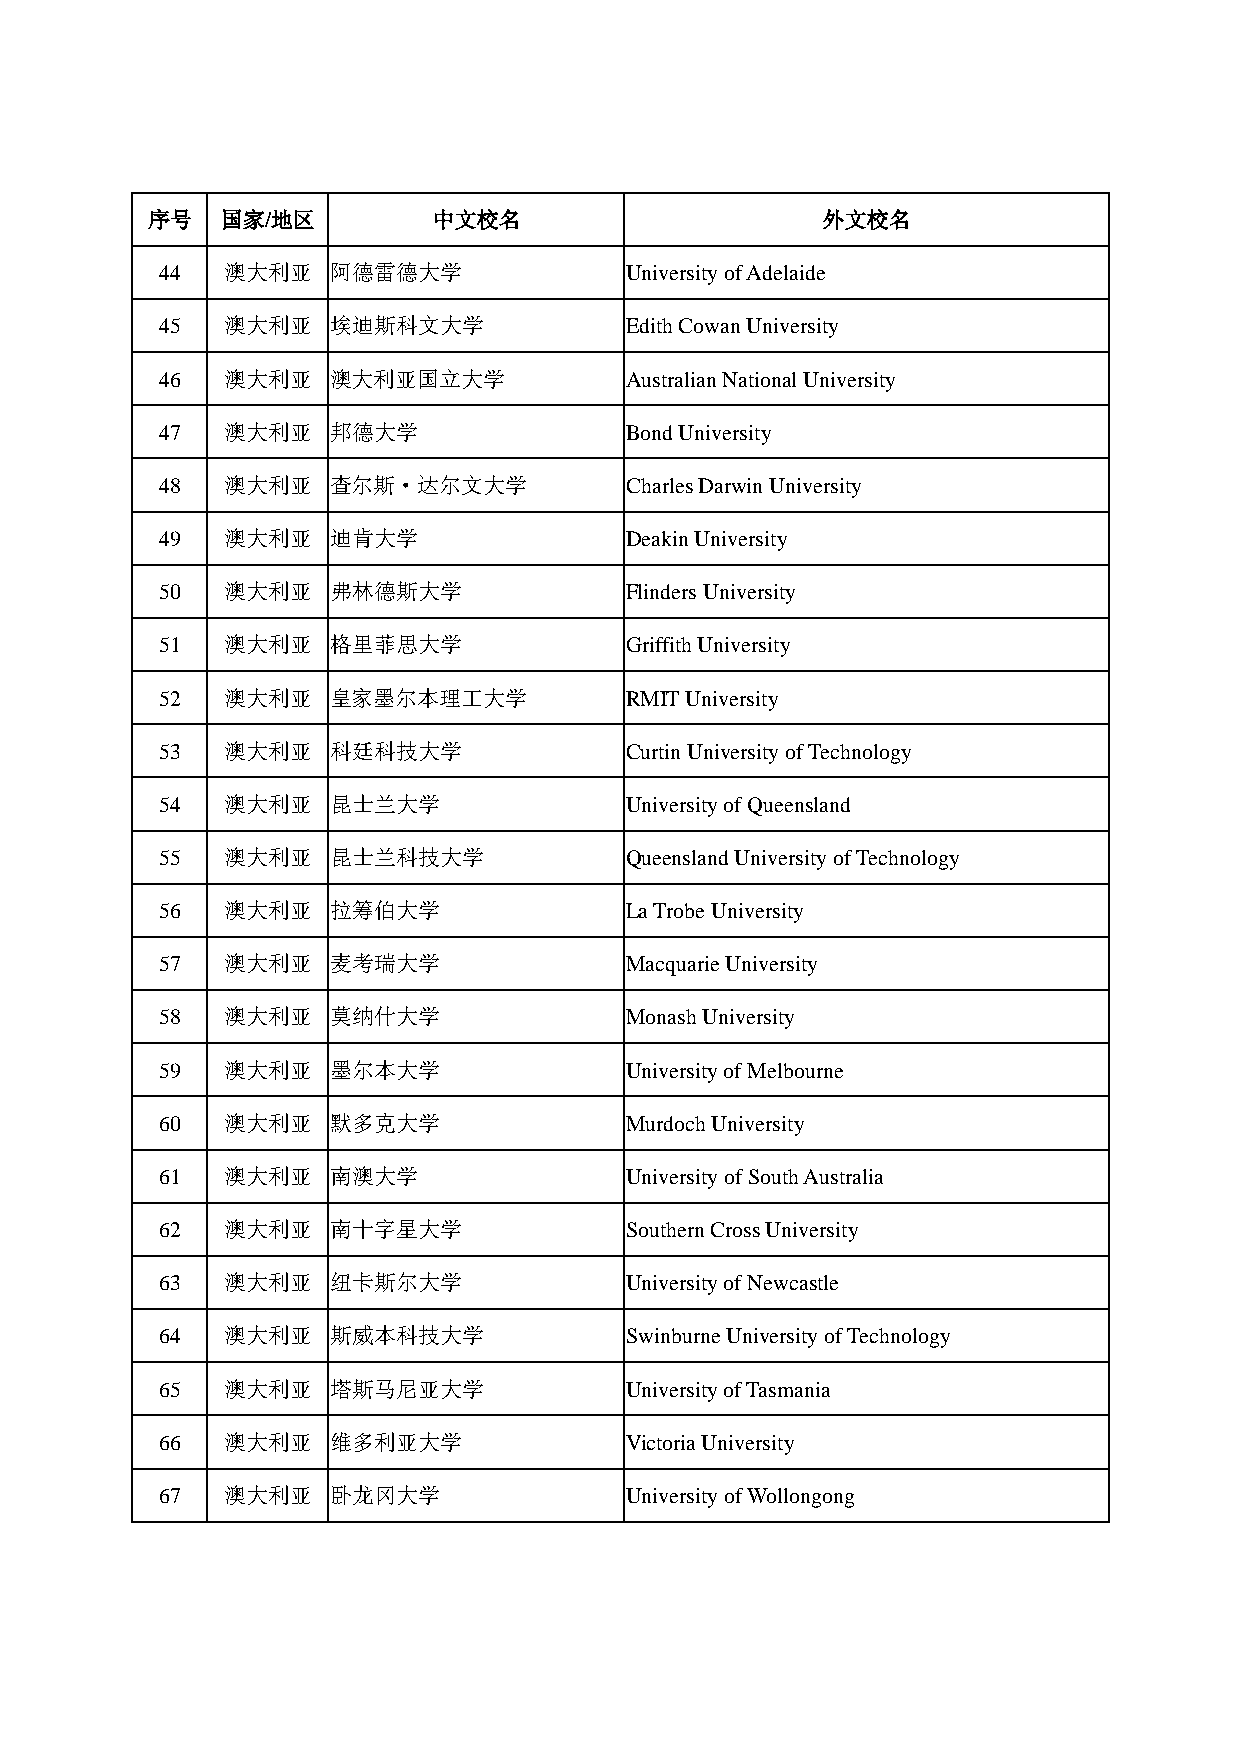
序号   国家/地区         中文校名                     外文校名
 44  澳大利亚   阿德雷德大学             University of Adelaide
 45  澳大利亚   埃迪斯科文大学            Edith Cowan University
 46  澳大利亚   澳大利亚国立大学           Australian National University
 47  澳大利亚   邦德大学               Bond University
 48  澳大利亚   查尔斯·达尔文大学          Charles Darwin University
 49  澳大利亚   迪肯大学               Deakin University
 50  澳大利亚   弗林德斯大学             Flinders University
 51  澳大利亚   格里菲思大学             Griffith University
 52  澳大利亚   皇家墨尔本理工大学          RMIT University
 53  澳大利亚   科廷科技大学             Curtin University of Technology
 54  澳大利亚   昆士兰大学              University of Queensland
 55  澳大利亚   昆士兰科技大学            Queensland University of Technology
 56  澳大利亚   拉筹伯大学              La Trobe University
 57  澳大利亚   麦考瑞大学              Macquarie University
 58  澳大利亚   莫纳什大学              Monash University
 59  澳大利亚   墨尔本大学              University of Melbourne
 60  澳大利亚   默多克大学              Murdoch University
 61  澳大利亚   南澳大学               University of South Australia
 62  澳大利亚   南十字星大学             Southern Cross University
 63  澳大利亚   纽卡斯尔大学             University of Newcastle
 64  澳大利亚   斯威本科技大学            Swinburne University of Technology
 65  澳大利亚   塔斯马尼亚大学            University of Tasmania
 66  澳大利亚   维多利亚大学             Victoria University
 67  澳大利亚   卧龙冈大学              University of Wollongong